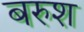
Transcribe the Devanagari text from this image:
बरुश